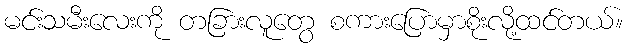
မင်းသမီးလေးကို တခြားလူတွေ စကားပြောမှာစိုးလို့ထင်တယ်။